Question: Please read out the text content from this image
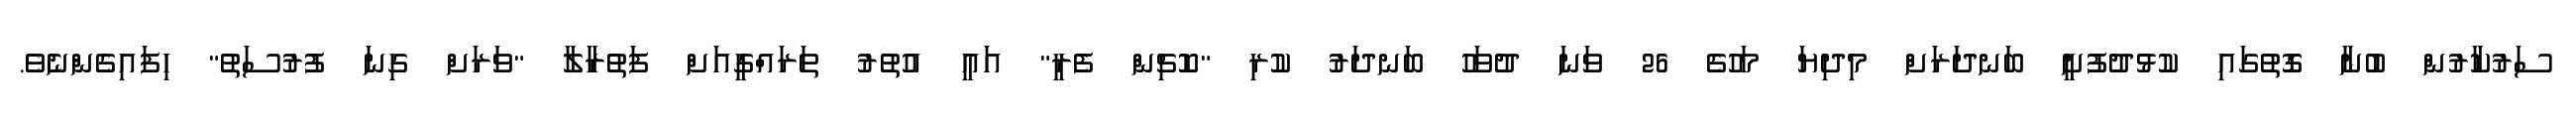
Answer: ސަރުކާރުން ބުނާ ގޮތުގައި ކުޅުދުފުށީ ބަނދަރަށް މިދިޔަ މަހުގެ 26 ވަނަ ދުވަހު ބަނދަރު ކުރި "ކޮޗިން ފެރީ" އައީ އުތުރު ތަރައްގީއަށް ފަތުރާލާ "ވަރަށް ގިނަ ފުރުސަތު" ހިފައިގެންނެވެ.